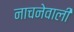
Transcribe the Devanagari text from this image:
नाचनेवाली